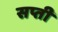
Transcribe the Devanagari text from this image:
सप्ती